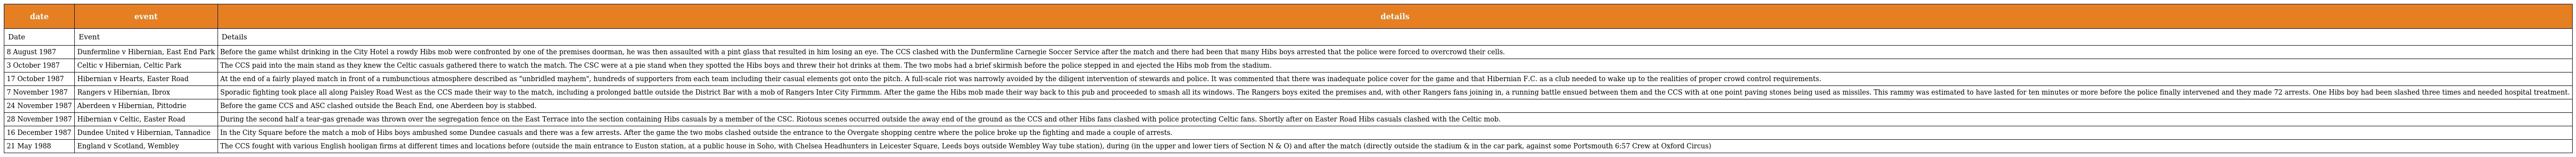
| date | event | details |
 | --- | --- | --- |
 | Date | Event | Details |
 | 8 August 1987 | Dunfermline v Hibernian, East End Park | Before the game whilst drinking in the City Hotel a rowdy Hibs mob were confronted by one of the premises doorman, he was then assaulted with a pint glass that resulted in him losing an eye. The CCS clashed with the Dunfermline Carnegie Soccer Service after the match and there had been that many Hibs boys arrested that the police were forced to overcrowd their cells. |
 | 3 October 1987 | Celtic v Hibernian, Celtic Park | The CCS paid into the main stand as they knew the Celtic casuals gathered there to watch the match. The CSC were at a pie stand when they spotted the Hibs boys and threw their hot drinks at them. The two mobs had a brief skirmish before the police stepped in and ejected the Hibs mob from the stadium. |
 | 17 October 1987 | Hibernian v Hearts, Easter Road | At the end of a fairly played match in front of a rumbunctious atmosphere described as "unbridled mayhem", hundreds of supporters from each team including their casual elements got onto the pitch. A full-scale riot was narrowly avoided by the diligent intervention of stewards and police. It was commented that there was inadequate police cover for the game and that Hibernian F.C. as a club needed to wake up to the realities of proper crowd control requirements. |
 | 7 November 1987 | Rangers v Hibernian, Ibrox | Sporadic fighting took place all along Paisley Road West as the CCS made their way to the match, including a prolonged battle outside the District Bar with a mob of Rangers Inter City Firmmm. After the game the Hibs mob made their way back to this pub and proceeded to smash all its windows. The Rangers boys exited the premises and, with other Rangers fans joining in, a running battle ensued between them and the CCS with at one point paving stones being used as missiles. This rammy was estimated to have lasted for ten minutes or more before the police finally intervened and they made 72 arrests. One Hibs boy had been slashed three times and needed hospital treatment. |
 | 24 November 1987 | Aberdeen v Hibernian, Pittodrie | Before the game CCS and ASC clashed outside the Beach End, one Aberdeen boy is stabbed. |
 | 28 November 1987 | Hibernian v Celtic, Easter Road | During the second half a tear-gas grenade was thrown over the segregation fence on the East Terrace into the section containing Hibs casuals by a member of the CSC. Riotous scenes occurred outside the away end of the ground as the CCS and other Hibs fans clashed with police protecting Celtic fans. Shortly after on Easter Road Hibs casuals clashed with the Celtic mob. |
 | 16 December 1987 | Dundee United v Hibernian, Tannadice | In the City Square before the match a mob of Hibs boys ambushed some Dundee casuals and there was a few arrests. After the game the two mobs clashed outside the entrance to the Overgate shopping centre where the police broke up the fighting and made a couple of arrests. |
 | 21 May 1988 | England v Scotland, Wembley | The CCS fought with various English hooligan firms at different times and locations before (outside the main entrance to Euston station, at a public house in Soho, with Chelsea Headhunters in Leicester Square, Leeds boys outside Wembley Way tube station), during (in the upper and lower tiers of Section N & O) and after the match (directly outside the stadium & in the car park, against some Portsmouth 6:57 Crew at Oxford Circus) |